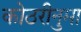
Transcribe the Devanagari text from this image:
कोठरीनुमा